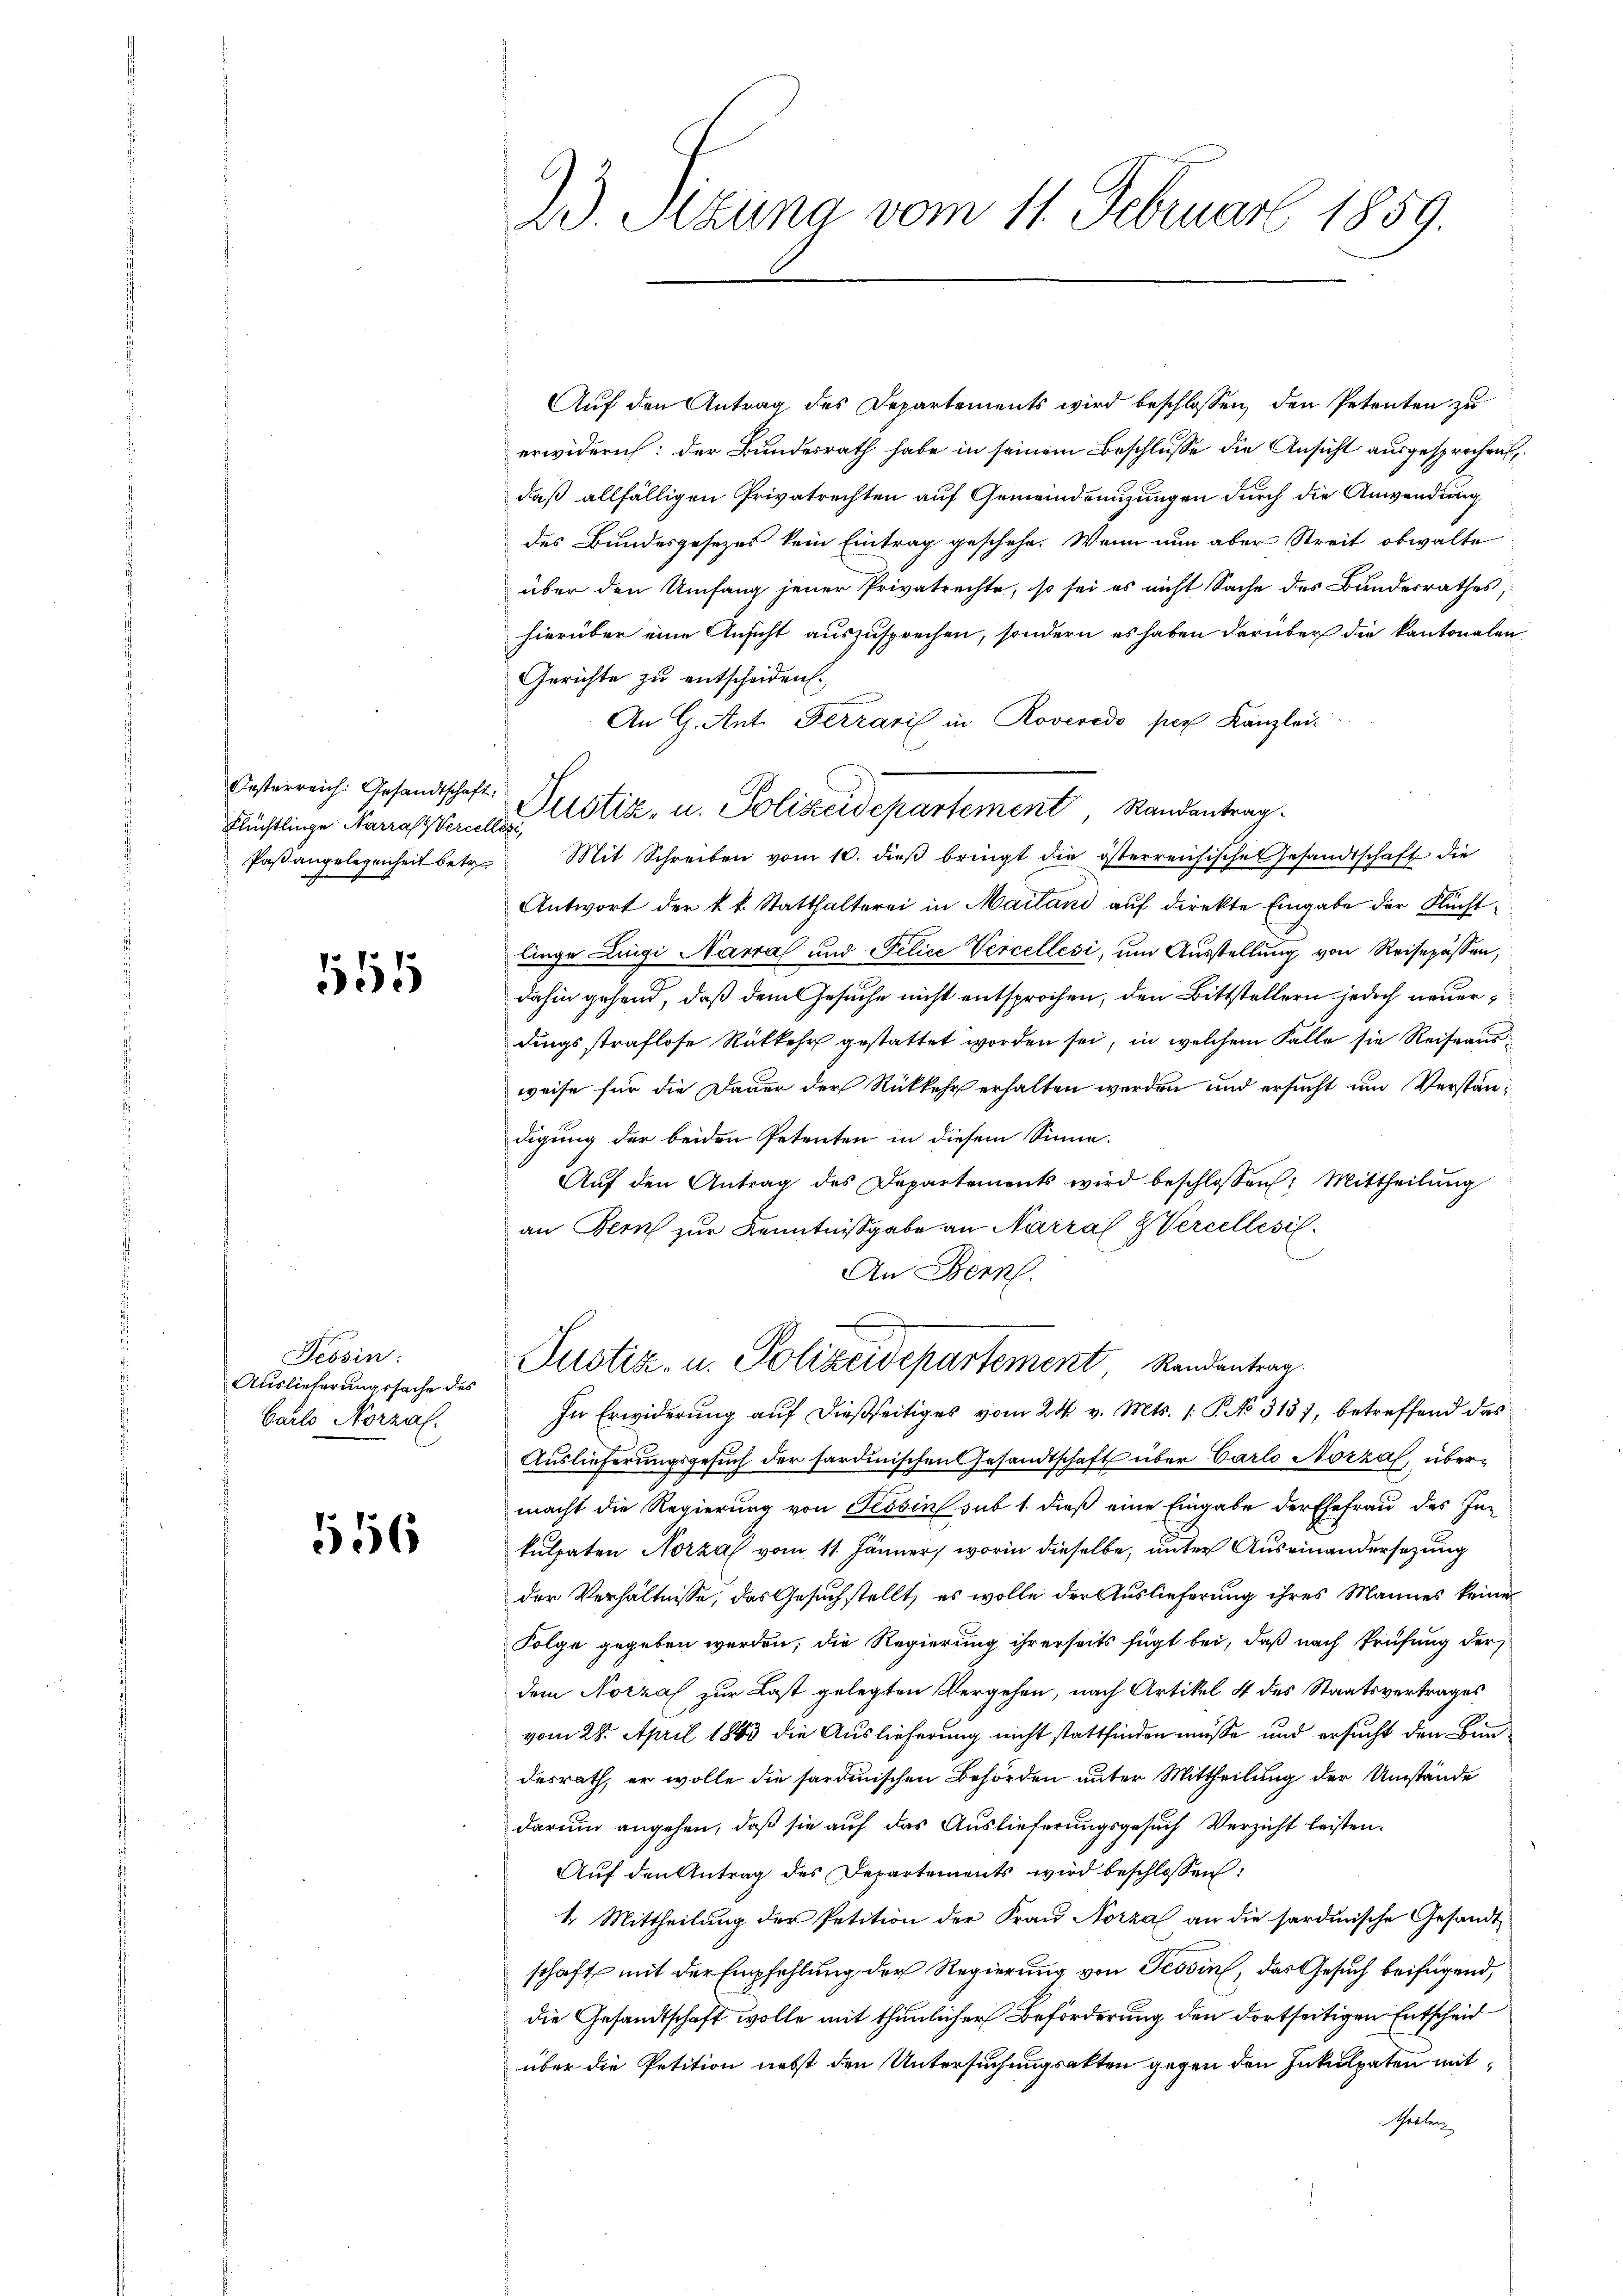
Flüchtlinge Narras (Vercellesi,

165

Tessin:
Auslieferungssache des
Carlo Normal.

556

23. Sizung vom 11. Februar 1859.

Auf den Antrag des Departements wird beschlossen, den Petenten zu
erwidern: der Bundesrath habe in seinem Beschlüsse die Ansicht ausgesprochen
daß allfälligen Privatrechten auf Gemeindenzungen durch die Anwendung
des Bundesgesezes kein Eintrag geschehe. Wenn nun aber Streit obwalte
über den Umfang jener Privatrechte, so sei es nicht Sache des Bundesrathes,
hierüber eine Ansicht auszusprechen, sondern es haben darüber die kantonalen
Gerichte zu entscheiden.
An CG. Ant. Ferraris in Roveredo per Kanzlei
Oesterreich. Gesandtschaft. Justiz, u. Polizeidepartement, Randantrag.
Paβangelegenheit betr. Mit Schreiben vom 10. dieβ bringt die österreichische Gesandtschaft die
Antwort der k. k. Statthalterei in Mailand auf direkte Eingabe der Fluchtlinge Lingi Narra und Felice Vercellesi, um Ausstellung von Reisepässen,
dahin gehend, daß dem Gesuche nicht entsprochen, den Bittstellern jedoch neuerdingsstraflose Rükkehr gestattet worden sei, in welchem Falle sie Reiseaus
weise für die Dauer der Rückkehr erhalten werden und ersucht und Verständigung der beiden Petenten in diesem Sinne.
Aŭf den Antrag des Departements wird beschlossen: Mittheilŭng
an Bern zur Kenntnißgabe an Narral & Vercellesi¬

An Bern.
Justiz- u. Polizeidepartement Randentrag.
In Erwiderung auf dießseitiges vom 24. v. Mts. /: P. No 313, betreffend das
Auslieferungsgesŭch der sardinischen Gesandtschaft über Carlo Norzal, übermacht die Regierung von Tessin sub 1. dieß eine Eingabe der Ehefrau des Inkulpaten Normal vom 11. Jänner, worin dieselbe, unter Auseinandersezung
der Verhältnisse, das Gesuchstellt, es wolle der Auslieferung ihres Mannes keine
Folge gegeben werden, die Regierung ihrerseits fügt bei, daß nach Prüfung der
dem Norzal zur Last gelegten Vergehen, nach Artikel 4 des Staatsvertrages
vom 28. April 1843 die Auslieferung nicht stattfinden müße und ersucht den Bundesrath, er wolle die sardinischen Behörden unter Mittheilung der Umstände
darum angehen, daß sie auf das Auslieferungsgesuch Verzicht leisten.
Aŭf den Antrag des Departements wird beschlossen:
1. Mittheilung der Petition der Frau Norza an die sardinische Gesandtschaft mit der Empfehlung der Regierung von Tessin, das Gesuch beifügend,
die Gesandtschaft wolle mit thunlicher Beförderung den dortseitigen Entscheid
über die Petition nebst den Untersuchungsakten gegen den Inkulpaten mit¬
Scheiben